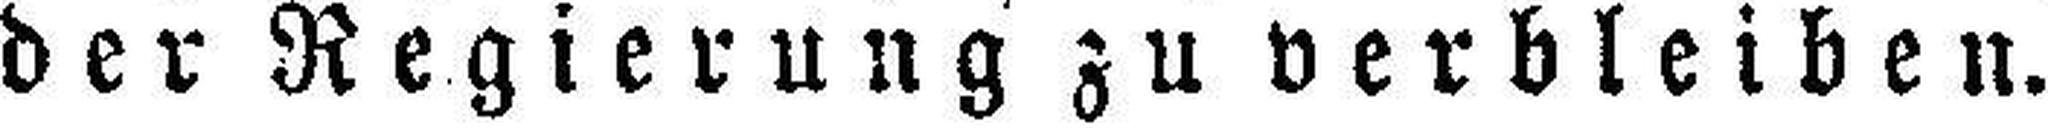
der Regierung zu verbIeiben.